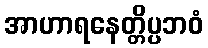
အာဟာရနေတ္တိပ္ပဘဝံ